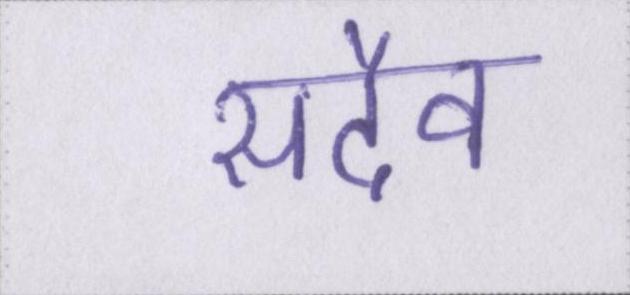
सदैव